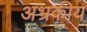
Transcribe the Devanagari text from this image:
अभ्रकीय